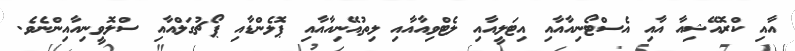
އާއި ކްރޮއޭޝިއާ އާއި އެސްޓޯނިއާއާއި އިޓަލީއާއި ލެޓްވިއާއާއި ލިތުއޭނިއާއާއި ޕޮލެންޑާއި ޕޯޗުގަލްއާއި ސްލޮވީނިއާއިންނެވެ.